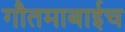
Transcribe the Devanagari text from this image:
गौतमाबाईच